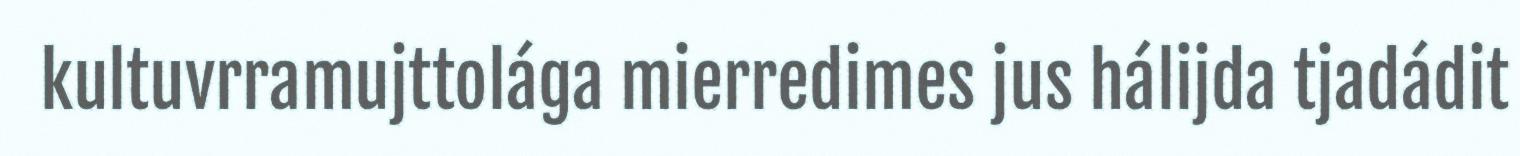
kultuvrramujttolága mierredimes jus hálijda tjadádit